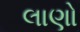
લાણો